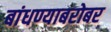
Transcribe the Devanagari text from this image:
बांधण्याबरोबर